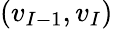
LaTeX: (v_{I-1},v_{I})